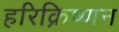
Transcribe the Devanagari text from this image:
हरिक्रिष्णन